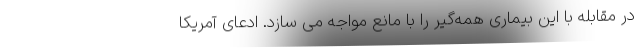
در مقابله با این بیماری همه‌گیر را با مانع مواجه می سازد. ادعای آمریکا